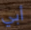
أبي